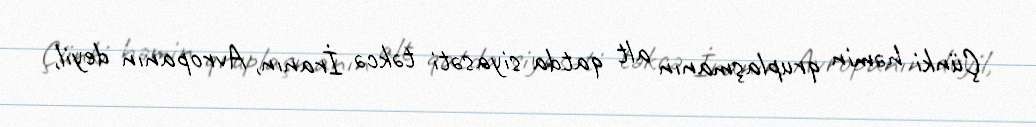
Çünki həmin qruplaşmanın alt qatda siyasəti təkcə İranın, Avropanın deyil,